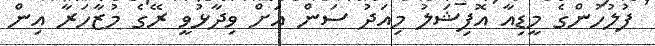
ފުލުހުންގެ މީޑިއާ އޮފިޝަލު މިއަދު ސަން އަށް ވިދާޅުވީ ރޭގެ މުޒާހަރާ އިން